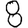
Digit: 8